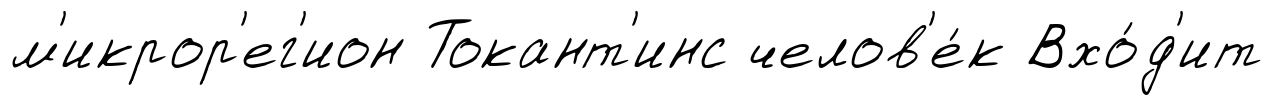
м'икрор'ег'ион Токант'инс челов'е́к Вхо́д'ит